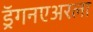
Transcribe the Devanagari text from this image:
ड्रॅगनएअरला